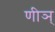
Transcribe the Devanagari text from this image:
णीञ्